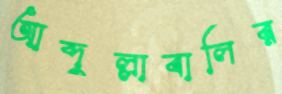
আব্দুল্লাবালির